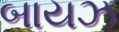
બાયઝ